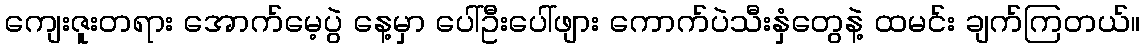
ကျေးဇူးတရား အောက်မေ့ပွဲ နေ့မှာ ပေါ်ဦးပေါ်ဖျား ကောက်ပဲသီးနှံတွေနဲ့ ထမင်း ချက်ကြတယ်။